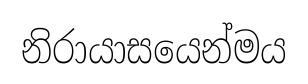
නිරායාසයෙන්මය